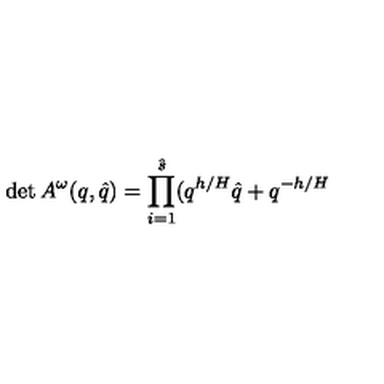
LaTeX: \det A ^ { \omega } ( q , \hat { q } ) = \prod _ { i = 1 } ^ { \hat { s } } ( q ^ { h / H } \hat { q } + q ^ { - h / H }